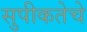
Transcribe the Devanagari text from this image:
सुपीकतेचे